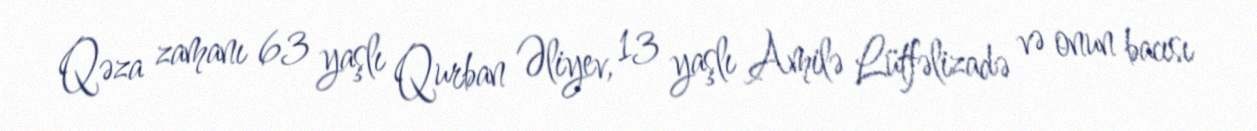
Qəza zamanı 63 yaşlı Qurban Əliyev, 13 yaşlı Amilə Lütfəlizadə və onun bacısı